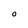
Character: O